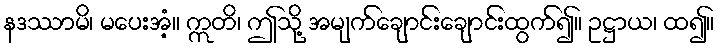
နဒဿာမိ၊ မပေးအံ့။ ဣတိ၊ ဤသို့ အမျက်ချောင်းချောင်းထွက်၍။ ဥဋ္ဌာယ၊ ထ၍။